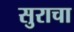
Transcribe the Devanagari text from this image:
सुराचा